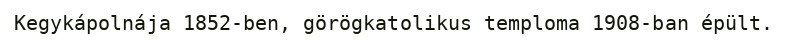
Kegykápolnája 1852-ben, görögkatolikus temploma 1908-ban épült.